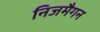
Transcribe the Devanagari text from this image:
निजमैगन